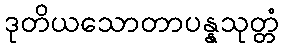
ဒုတိယသောတာပန္နသုတ္တံ